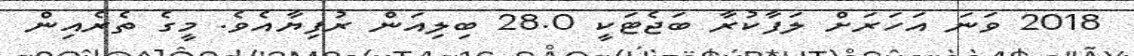
2018 ވަނަ އަހަރަށް ލަފާކުރާ ބަޖެޓަކީ 28.0 ބިލިއަން ރުފިޔާއެވެ. މީގެ ތެރެއިން